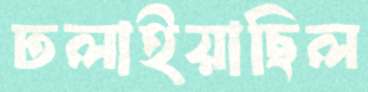
ঢলাইয়াছিল